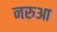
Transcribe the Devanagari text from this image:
नरुआ